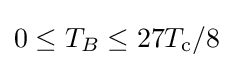
0\leq T_{B}\leq 27T_{\text{c}}/8